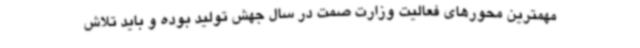
مهمترین محورهای فعالیت وزارت صمت در سال جهش تولید بوده و باید تلاش